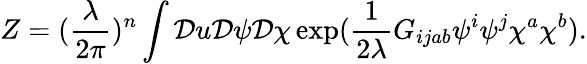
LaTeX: Z=(\frac{\lambda}{2\pi})^{n}\displaystyle\int{\cal D}u{\cal D}\psi{\cal D}\chi\exp(\frac{1}{2\lambda}G_{ijab}\psi^{i}\psi^{j}\chi^{a}\chi^{b}).